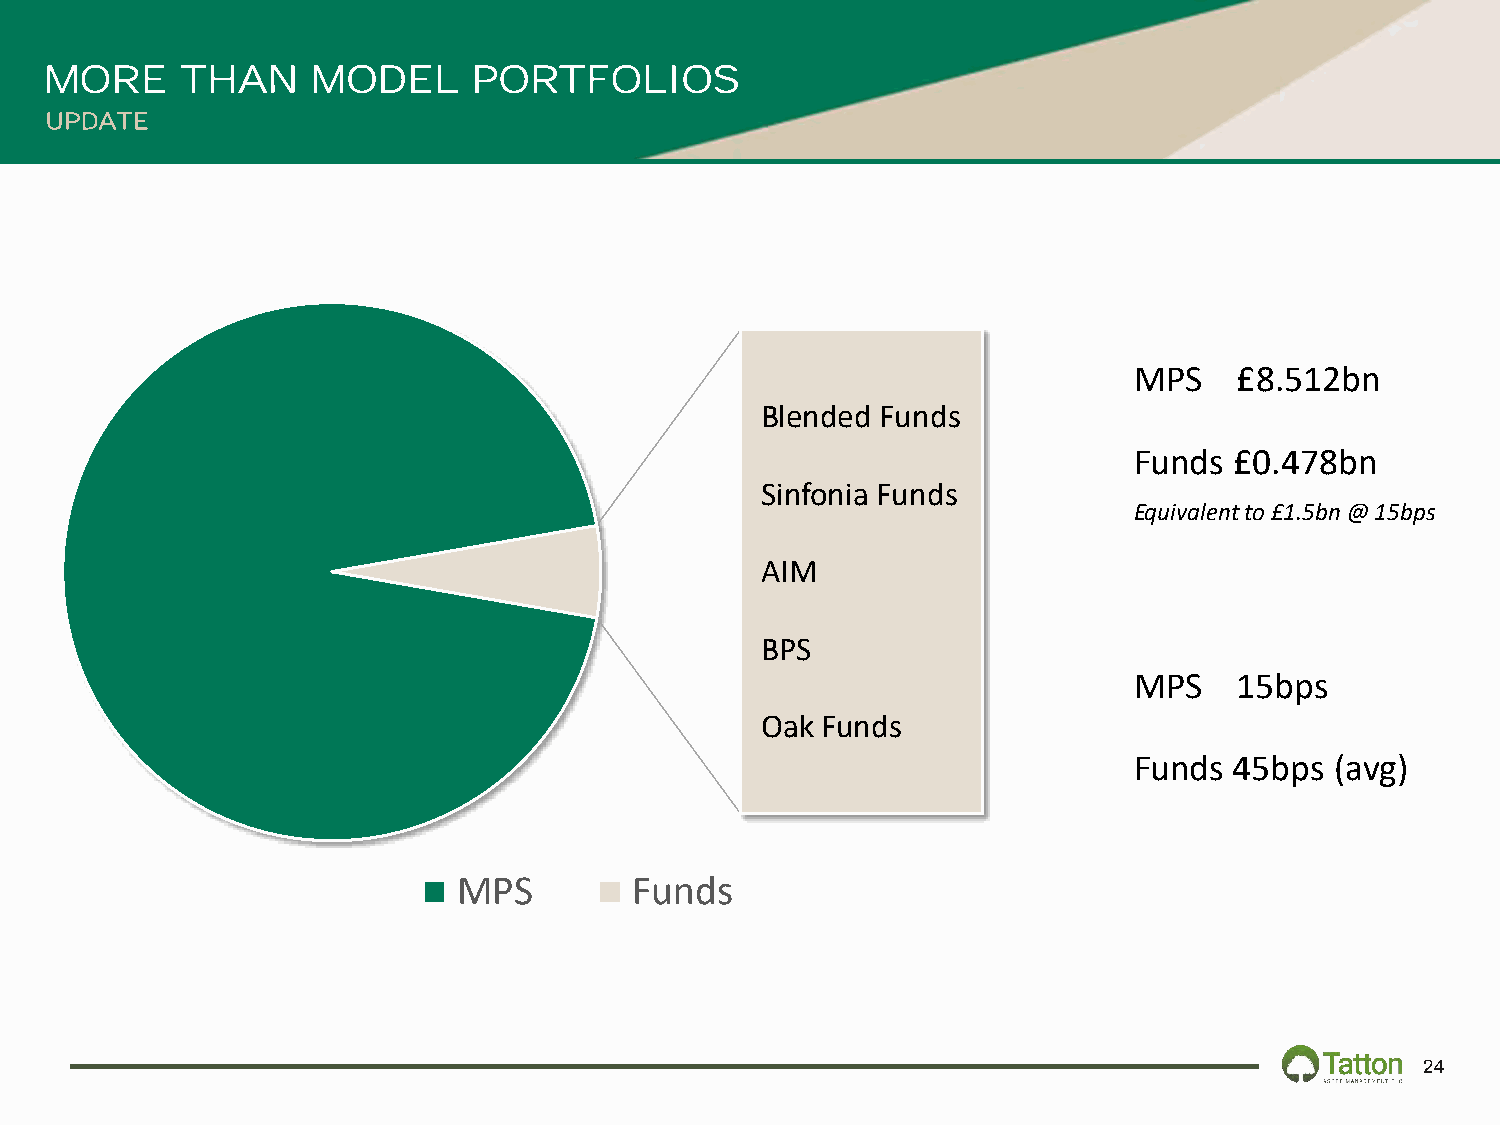
MORE     THAN     MODEL     PORTFOLIOS
 UPDATE
 MPS    £8.512bn
 Blended Funds
 Funds  £0.478bn
 Sinfonia Funds
 Equivalent to £1.5bn @ 15bps
 AIM
 BPS
 MPS    15bps
 Oak Funds
 Funds  45bps (avg)
 MPS         Funds
 24